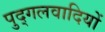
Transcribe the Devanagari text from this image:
पुद्गलवादियों